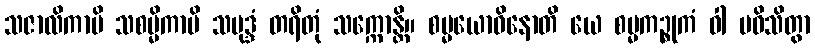
သဇာလိကာပိ သစမ္မိကာပိ သမုဒ္ဒံ တရိတုံ သက္ကောန္တိ။ စမ္မယောဓိနောတိ ယေ စမ္မကဉ္စုကံ ဝါ ပဝိသိတွာ